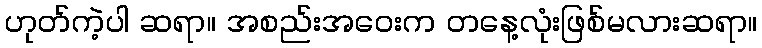
ဟုတ်ကဲ့ပါ ဆရာ။ အစည်းအဝေးက တနေ့လုံးဖြစ်မလားဆရာ။